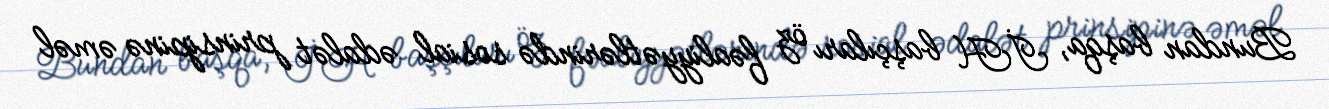
Bundan başqa, İH başçıları öz fəaliyyətlərində sosial ədalət prinsipinə əməl